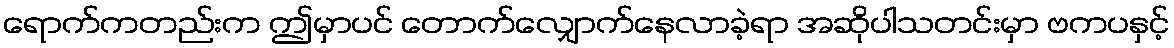
ရောက်ကတည်းက ဤမှာပင် တောက်လျှောက်နေလာခဲ့ရာ အဆိုပါသတင်းမှာ ဗကပနှင့်